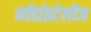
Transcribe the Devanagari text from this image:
कॉर्डाइटेलीज